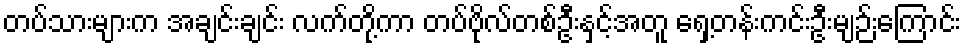
တပ်သားများက အချင်းချင်း လက်တို့ကာ တပ်ဗိုလ်တစ်ဦးနှင့်အတူ ရှေ့တန်းကင်းဦးမျဉ်းကြောင်း